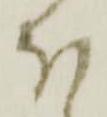
ほ